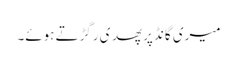
میری گانڈ پر پھدی رگڑتے ہوئے۔